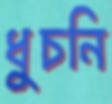
ধুচনি